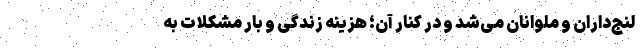
لنج‌داران و ملوانان می‌شد و در کنار آن؛ هزینه زندگی و بار مشکلات به